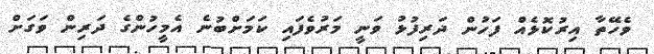
ވެހޭތާ އިރުކޮޅެއް ފަހުން ދަރިފުޅު ވަނީ މަރުވެފައި ކަމަށްބުނެ އެމީހުންގެ ދަރިން ވަގަށް